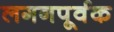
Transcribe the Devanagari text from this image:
लगनपूर्वक